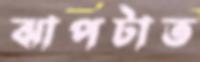
ঝাপটাত